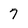
Character: 7